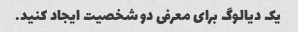
یک دیالوگ برای معرفی دو شخصیت ایجاد کنید.